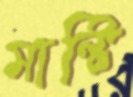
মাল্টি